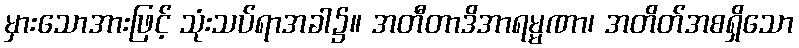
မှားသောအားဖြင့် သုံးသပ်ရာအခါ၌။ အတီတာဒိအာရမ္မဏာ၊ အတိတ်အစရှိသော